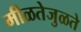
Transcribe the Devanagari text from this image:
मीळतेजुळते